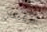
الأغصان